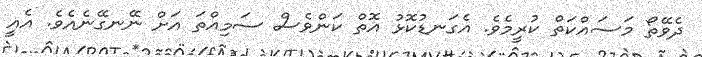
ދެވޭތޯ މަސައްކަތް ކުރީމެވެ. އެގަނޑުކޮޅު އޮތް ކަންވެސް ސަމިއްތަ އަށް ނޭނގޭނެއެވެ. އެއީ